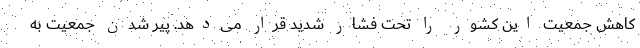
کاهش جمعیت این کشور را تحت فشار شدید قرار می‌دهد. پیر شدن جمعیت به